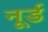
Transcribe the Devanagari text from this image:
नूर्ड